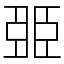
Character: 臦